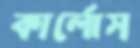
কার্লোস